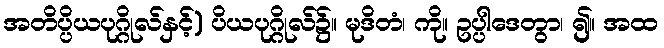
အတိပ္ပိယပုဂ္ဂိုလ်နှင့်) ပိယပုဂ္ဂိုလ်၌။ မုဒိတံ၊ ကို။ ဥပ္ပါဒေတွာ၊ ၍။ အထ